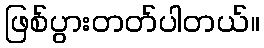
ဖြစ်ပွားတတ်ပါတယ်။